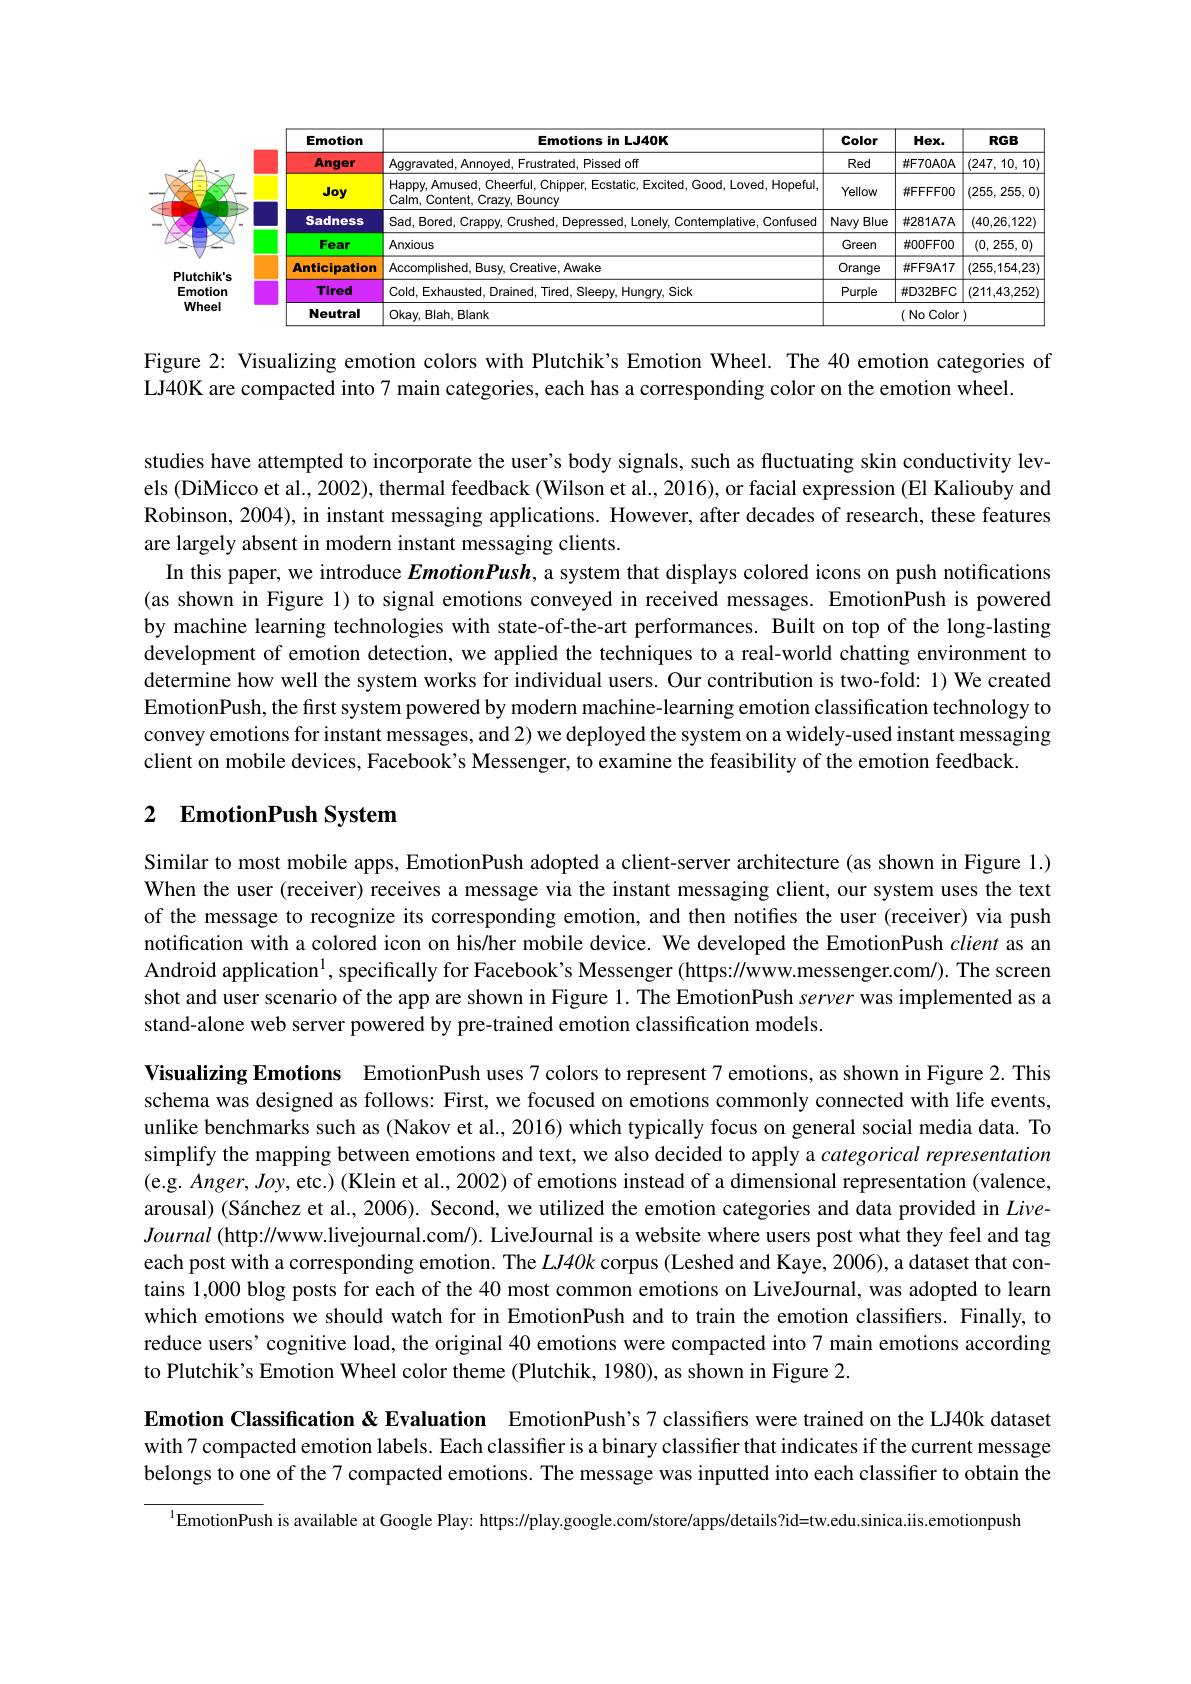
<table>
	<tbody>
		<tr>
			<th> </th>
			<th>Emotion</th>
			<th>Emotions in LJ40K</th>
			<th>Color</th>
			<th>$Hex.$</th>
			<th>$RGB$</th>
		</tr>
		<tr>
			<td> </td>
			<td>Anger</td>
			<td>Pissed off</td>
			<td>Red</td>
			<td>排70AOA</td>
			<td>(247,10,10</td>
		</tr>
		<tr>
			<td> </td>
			<td>Joy</td>
			<td>, Amused, Cheerful, Chipper, Ecstatic, Excited, Good, Loved, Hopeful Content, Crazy, Bouncy</td>
			<td>Yellow</td>
			<td>$\#FFFF00$</td>
			<td>(255,255, 0</td>
		</tr>
		<tr>
			<td> </td>
			<td>Sadness</td>
			<td>Confused</td>
			<td>Navy Blue</td>
			<td>#281A7A</td>
			<td>(40,26,122)</td>
		</tr>
		<tr>
			<td> </td>
			<td>Fear</td>
			<td>IS</td>
			<td>Green</td>
			<td>#00FF00</td>
			<td>(0, 255, 0)</td>
		</tr>
		<tr>
			<td>DIL</td>
			<td>Anticipation</td>
			<td>$\mathsf{Creative,Awake}$ 101</td>
			<td>Orange</td>
			<td>$\#FF9A17$</td>
			<td>(255,154,23</td>
		</tr>
		<tr>
			<td rowspan="2">Emotion Wheel</td>
			<td>Tired</td>
			<td>$i,Sick$</td>
			<td>Purple</td>
			<td>$\#D32BFC$</td>
			<td>(211,43,252</td>
		</tr>
		<tr>
			<td>Neutral</td>
			<td>Blah, Blank</td>
			<td> </td>
			<td colspan="2">(No Color)</td>
		</tr>
	</tbody>
</table>

Figure 2: Visualizing emotion colors with Plutchik's Emotion Wheel. The 40 emotion categories of
LJ40K are compacted into 7 main categories, each has a corresponding color on the emotion wheel.

studies have attempted to incorporate the user's body signals, such as fluctuating skin conductivity levels (DiMicco et al., 2002), thermal feedback (Wilson et al., 2016), or facial expression (El Kaliouby and Robinson, 2004), in instant messaging applications. However, after decades of research, these features are largely absent in modern instant messaging clients.
In this paper, we introduce EmotionPush, a system that displays colored icons on push notifications (as shown in Figure 1) to signal emotions conveyed in received messages. EmotionPush is powered by machine learning technologies with state-of-the-art performances. Built on top of the long-lasting development of emotion detection, we applied the techniques to a real-world chatting environment to determine how well the system works for individual users. Our contribution is two-fold: 1) We created EmotionPush, the first system powered by modern machine-learning emotion classification technology to convey emotions for instant messages, and 2) we deployed the system on a widely-used instant messaging client on mobile devices, Facebook's Messenger, to examine the feasibility of the emotion feedback.

## 2 EmotionPush System

Similar to most mobile apps, EmotionPush adopted a client-server architecture (as shown in Figure 1.) When the user (receiver) receives a message via the instant messaging client, our system uses the text of the message to recognize its corresponding emotion, and then notifies the user (receiver) via push notification with a colored icon on his/her mobile device. We developed the EmotionPush client as an Android application$^{1}$,specifically for Facebook's Messenger (https://www.messenger.com). The screen shot and user scenario of the app are shown in Figure 1. The EmotionPush server was implemented as a stand-alone web server powered by pre-trained emotion classification models.

Visualizing Emotions EmotionPush uses 7 colors to represent 7 emotions, as shown in Figure 2.This schema was designed as follows: First, we focused on emotions commonly connected with life events, unlike benchmarks such as (Nakov et al., 2016) which typically focus on general social media data. To simplify the mapping between emotions and text, we also decided to apply a categorical representation (e.g. $Anger,Joy$,etc.) (Klein et al., 2002) of emotions instead of a dimensional representation (valence, arousal) (Sánchez et al., 2006). Second, we utilized the emotion categories and data provided in LiveJournal (http://wwww.livejournal.com/). LiveJournal is a website where users post what they feel and tag each post with a corresponding emotion. The $LJ40k$ corpus (Leshed and Kaye, 2006), a dataset that contains 1,000 blog posts for each of the 40 most common emotions on LiveJournal, was adopted to learn which emotions we should watch for in EmotionPush and to train the emotion classifiers. Finally, to reduce users' cognitive load, the original 40 emotions were compacted into 7 main emotions according to Plutchik's Emotion Wheel color theme (Plutchik, 1980), as shown in Figure 2.

Emotion Classification &Evaluation EmotionPush's 7 classifiers were trained on the LJ40k dataset with 7 compacted emotion labels. Each classifer is a binary classifier that indicates if the current message belongs to one of the 7 compacted emotions. The message was inputted into each classifier to obtain the

$^{1}$EmotionPush is available at Google Play: https:$\prime/$play.google.com/store/apps/details?id=tw.edu.sinica.iis.emotionpush